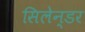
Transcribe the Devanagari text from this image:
सिलेन्डर